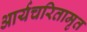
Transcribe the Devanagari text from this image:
आर्यचरितामृत